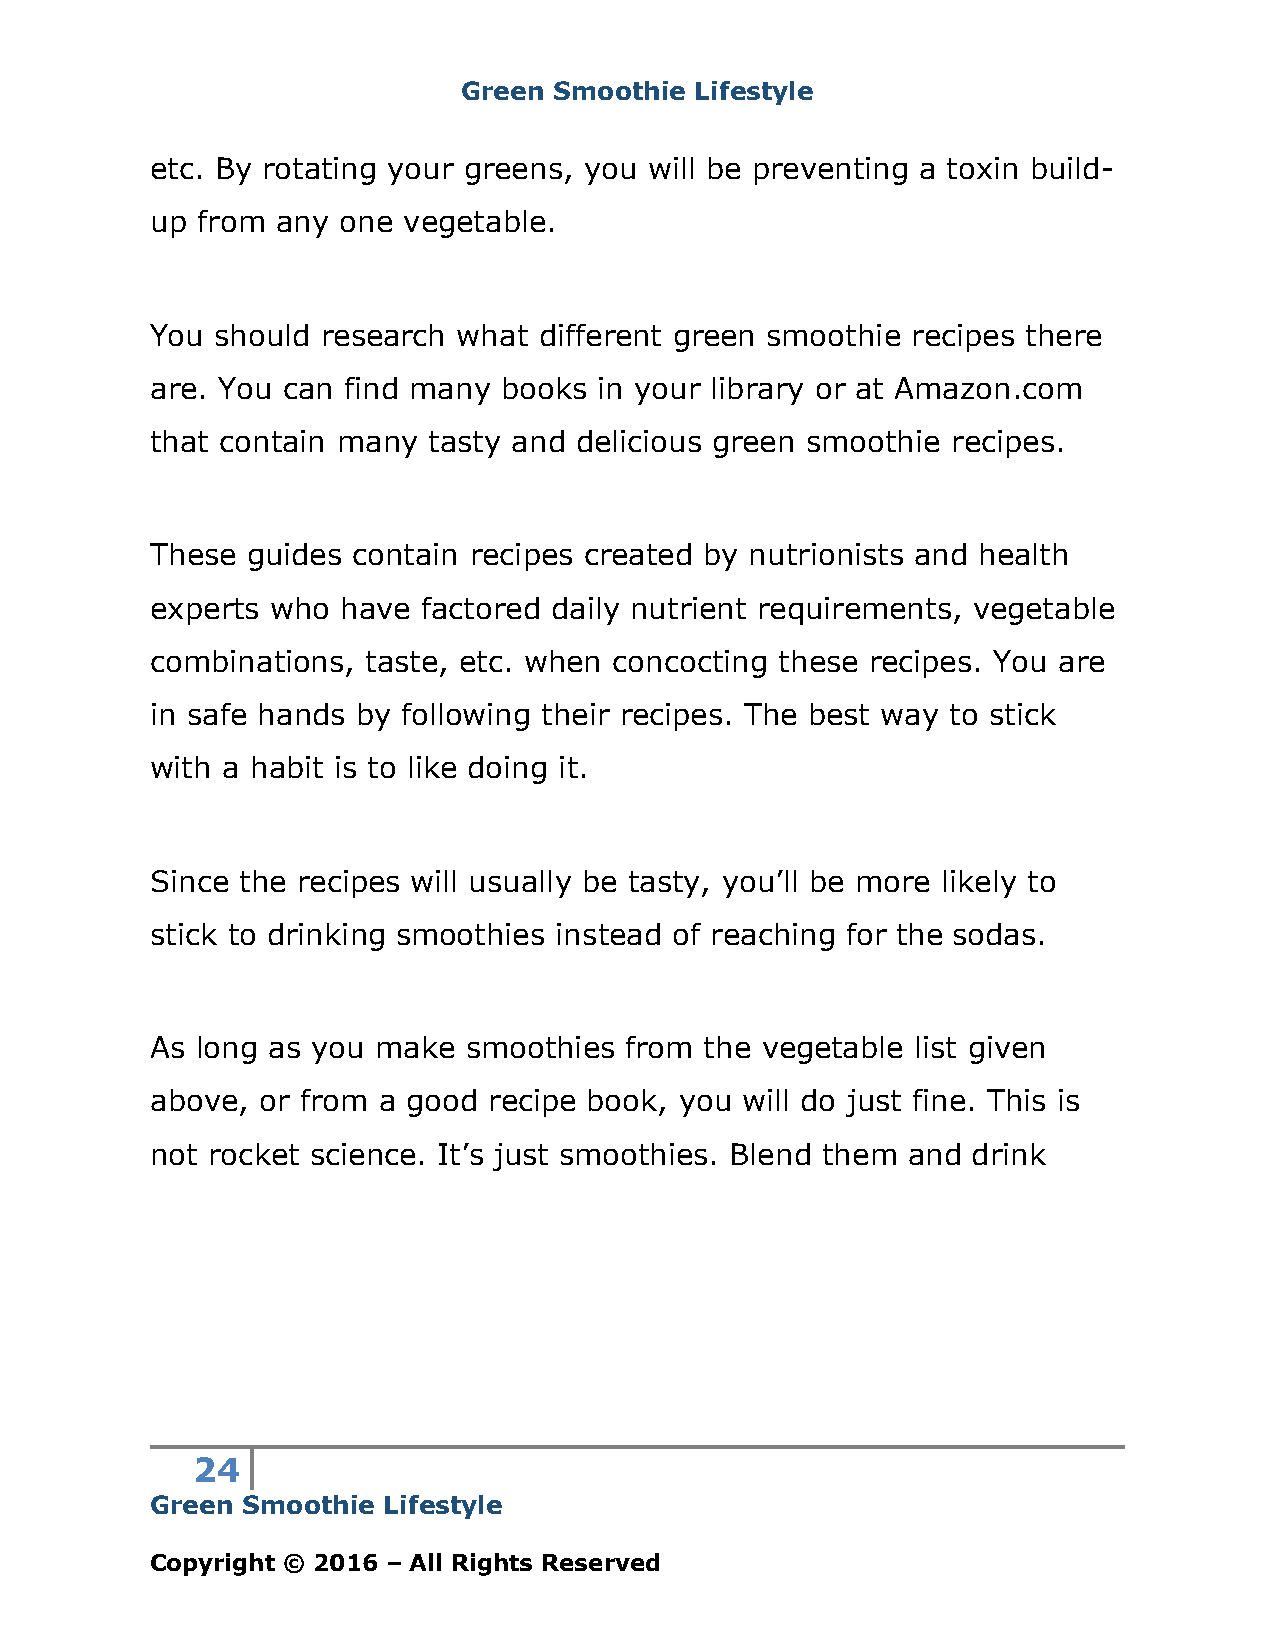
Green Smoothie Lifestyle
 etc. By rotating your greens, you will be preventing a toxin build-
 up from any one  vegetable.
 You should research what  different green smoothie recipes there
 are. You can find many books  in your library or at Amazon.com
 that contain many tasty and delicious green smoothie recipes.
 These guides contain recipes created by nutrionists and health
 experts who  have factored daily nutrient requirements, vegetable
 combinations, taste, etc. when concocting these recipes. You are
 in safe hands by following their recipes. The best way to stick
 with a habit is to like doing it.
 Since the recipes will usually be tasty, you’ll be more likely to
 stick to drinking smoothies instead of reaching for the sodas.
 As long as you make  smoothies from  the vegetable list given
 above, or from a good recipe book, you will do just fine. This is
 not rocket science. It’s just smoothies. Blend them and drink
 24
 Green Smoothie Lifestyle
 Copyright © 2016 – All Rights Reserved